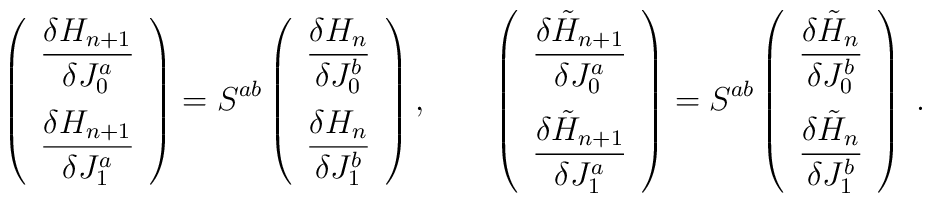
\left(\begin{array}{c}\displaystyle\frac{\delta H_{n+1}}{\delta J_{0}^{a}}\\\noalign{\vspace{6pt}}\displaystyle\frac{\delta H_{n+1}}{\delta J_{1}^{a}}\end{array}\right) = S^{ab} \left(\begin{array}{c}\displaystyle\frac{\delta H_{n}}{\delta J_{0}^{b}}\\\noalign{\vspace{6pt}}\displaystyle\frac{\delta H_{n}}{\delta J_{1}^{b}}\end{array}\right),\qquad \left(\begin{array}{c}\displaystyle\frac{\delta \tilde{H}_{n+1}}{\delta J_{0}^{a}}\\\noalign{\vspace{6pt}}\displaystyle\frac{\delta \tilde{H}_{n+1}}{\delta J_{1}^{a}}\end{array}\right) = S^{ab} \left(\begin{array}{c}\displaystyle\frac{\delta \tilde{H}_{n}}{\delta J_{0}^{b}}\\\noalign{\vspace{6pt}}\displaystyle\frac{\delta \tilde{H}_{n}}{\delta J_{1}^{b}}\end{array}\right)\;.